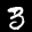
Label: 3